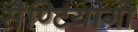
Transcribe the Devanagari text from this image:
सैण्टियागो